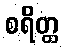
စရိတ္ထ